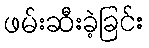
ဖမ်းဆီးခဲ့ခြင်း